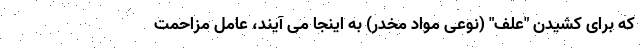
که برای کشیدن "علف" (نوعی مواد مخدر) به اینجا می آیند، عامل مزاحمت